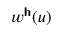
w ^ { \boldsymbol { \mathsf { h } } } ( u )